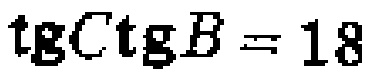
\(\operatorname{tg}C\operatorname{ctg}B = 18\)